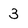
Character: 3